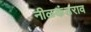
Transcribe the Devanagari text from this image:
नीळकंठराव